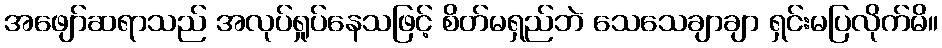
အဖျော်ဆရာသည် အလုပ်ရှုပ်နေသဖြင့် စိတ်မရှည်ဘဲ သေသေချာချာ ရှင်းမပြလိုက်မိ။